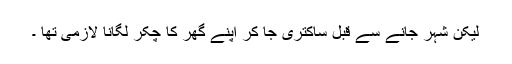
لیکن شہر جانے سے قبل ساکتری جا کر اپنے گھر کا چکر لگانا لازمی تھا ۔